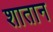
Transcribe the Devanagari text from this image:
शातान